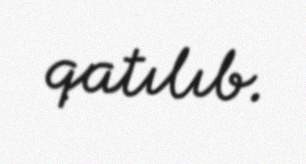
qatılıb.